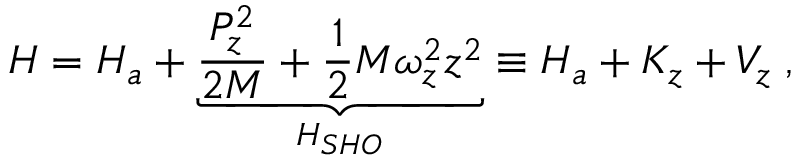
H = H _ { a } + \underbrace { \frac { P _ { z } ^ { 2 } } { 2 M } + \frac 1 2 M \omega _ { z } ^ { 2 } z ^ { 2 } } _ { H _ { S H O } } \equiv H _ { a } + K _ { z } + V _ { z } \; ,